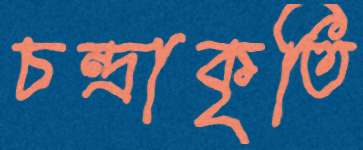
চন্দ্রাকৃতি